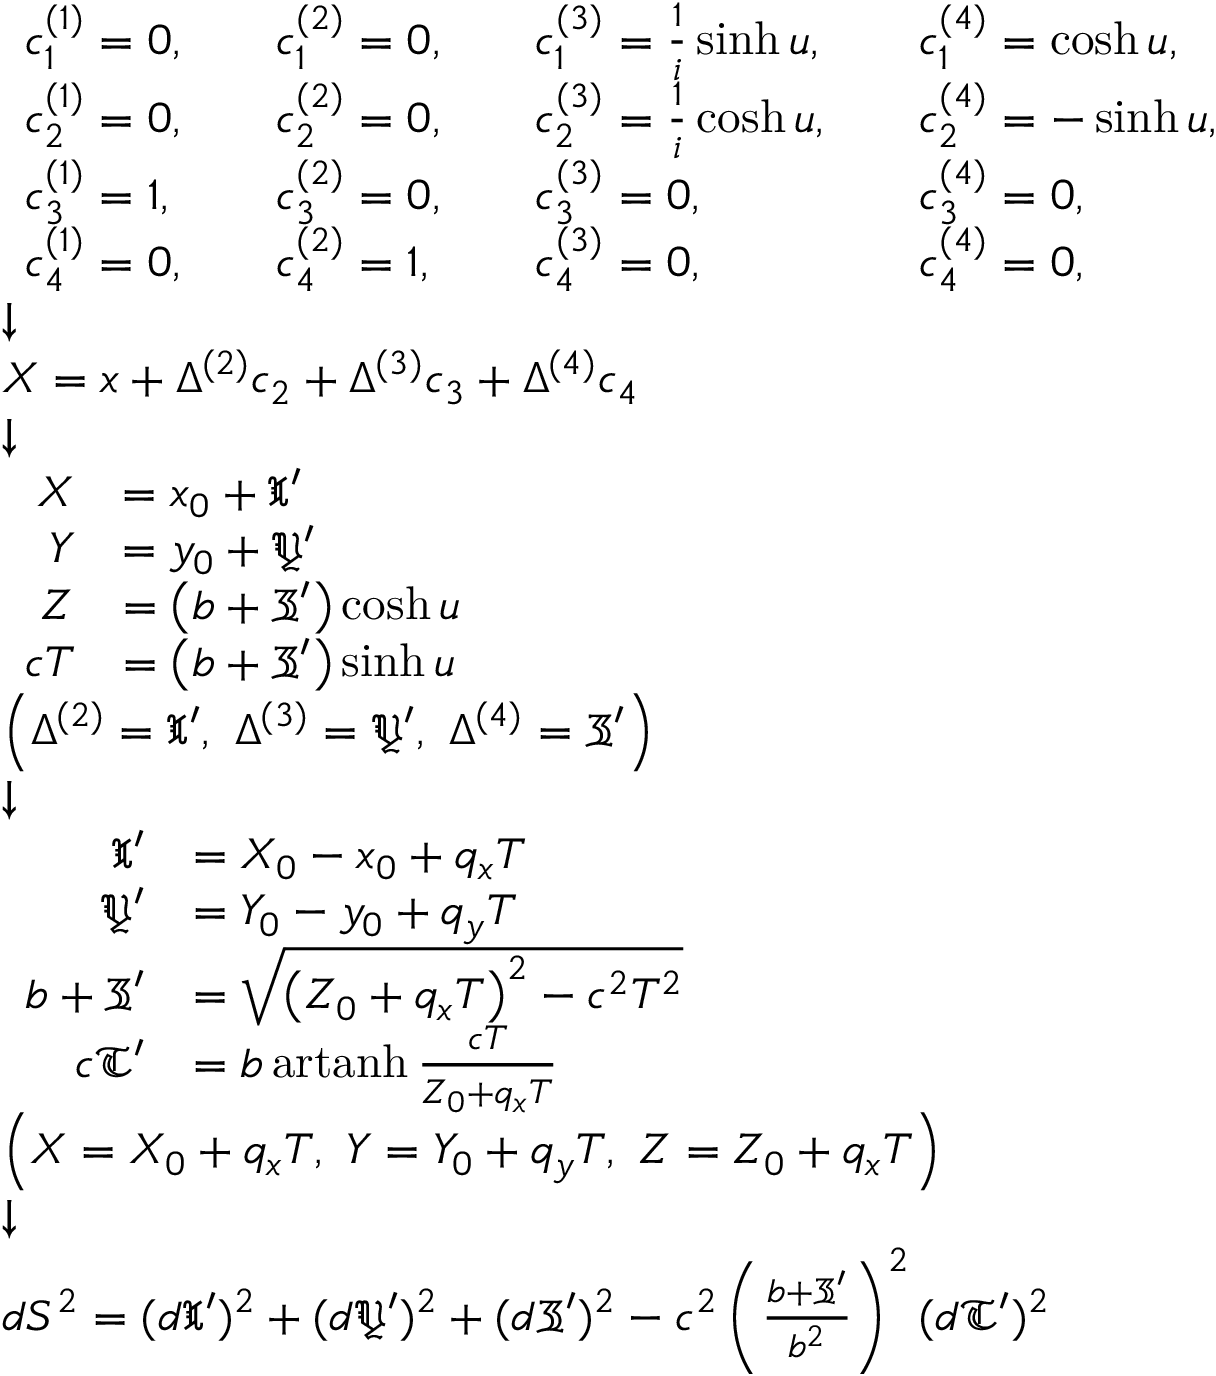
\scriptstyle { \begin{array} { l } { { \begin{array} { l l l l l l l } { c _ { 1 } ^ { ( 1 ) } = 0 , } & & { c _ { 1 } ^ { ( 2 ) } = 0 , } & & { c _ { 1 } ^ { ( 3 ) } = { \frac { 1 } { i } } \sinh u , } & & { c _ { 1 } ^ { ( 4 ) } = \cosh u , } \\ { c _ { 2 } ^ { ( 1 ) } = 0 , } & & { c _ { 2 } ^ { ( 2 ) } = 0 , } & & { c _ { 2 } ^ { ( 3 ) } = { \frac { 1 } { i } } \cosh u , } & & { c _ { 2 } ^ { ( 4 ) } = - \sinh u , } \\ { c _ { 3 } ^ { ( 1 ) } = 1 , } & & { c _ { 3 } ^ { ( 2 ) } = 0 , } & & { c _ { 3 } ^ { ( 3 ) } = 0 , } & & { c _ { 3 } ^ { ( 4 ) } = 0 , } \\ { c _ { 4 } ^ { ( 1 ) } = 0 , } & & { c _ { 4 } ^ { ( 2 ) } = 1 , } & & { c _ { 4 } ^ { ( 3 ) } = 0 , } & & { c _ { 4 } ^ { ( 4 ) } = 0 , } \end{array} } } \\ { { \boldsymbol { \downarrow } } } \\ { X = x + \Delta ^ { ( 2 ) } c _ { 2 } + \Delta ^ { ( 3 ) } c _ { 3 } + \Delta ^ { ( 4 ) } c _ { 4 } } \\ { { \boldsymbol { \downarrow } } } \\ { { \begin{array} { r l } { X } & { = x _ { 0 } + { \mathfrak { X } } ^ { \prime } } \\ { Y } & { = y _ { 0 } + { \mathfrak { Y } } ^ { \prime } } \\ { Z } & { = \left( b + { \mathfrak { Z } } ^ { \prime } \right) \cosh { \mathfrak { u } } } \\ { c T } & { = \left( b + { \mathfrak { Z } } ^ { \prime } \right) \sinh { \mathfrak { u } } } \end{array} } } \\ { \left( \Delta ^ { ( 2 ) } = { \mathfrak { X } } ^ { \prime } , \ \Delta ^ { ( 3 ) } = { \mathfrak { Y } } ^ { \prime } , \ \Delta ^ { ( 4 ) } = { \mathfrak { Z } } ^ { \prime } \right) } \\ { { \boldsymbol { \downarrow } } } \\ { { \begin{array} { r l } { { \mathfrak { X } } ^ { \prime } } & { = X _ { 0 } - x _ { 0 } + q _ { x } T } \\ { { \mathfrak { Y } } ^ { \prime } } & { = Y _ { 0 } - y _ { 0 } + q _ { y } T } \\ { b + { \mathfrak { Z } } ^ { \prime } } & { = { \sqrt { \left( Z _ { 0 } + q _ { x } T \right) ^ { 2 } - c ^ { 2 } T ^ { 2 } } } } \\ { c { \mathfrak { T } } ^ { \prime } } & { = b \operatorname { a r t a n h } { \frac { c T } { Z _ { 0 } + q _ { x } T } } } \end{array} } } \\ { \left( X = X _ { 0 } + q _ { x } T , \ Y = Y _ { 0 } + q _ { y } T , \ Z = Z _ { 0 } + q _ { x } T \right) } \\ { { \boldsymbol { \downarrow } } } \\ { d S ^ { 2 } = ( d { \mathfrak { X } } ^ { \prime } ) ^ { 2 } + ( d { \mathfrak { Y } } ^ { \prime } ) ^ { 2 } + ( d { \mathfrak { Z } } ^ { \prime } ) ^ { 2 } - c ^ { 2 } \left( { \frac { b + { \mathfrak { Z } } ^ { \prime } } { b ^ { 2 } } } \right) ^ { 2 } ( d { \mathfrak { T } } ^ { \prime } ) ^ { 2 } } \end{array} }